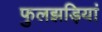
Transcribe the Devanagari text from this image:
फुलझड़ियां